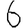
Digit: 6